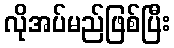
လိုအပ်မည်ဖြစ်ပြီး